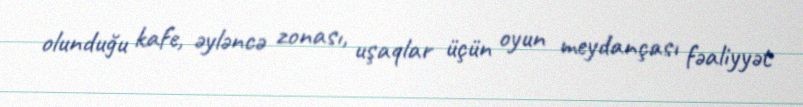
olunduğu kafe, əyləncə zonası, uşaqlar üçün oyun meydançası fəaliyyət